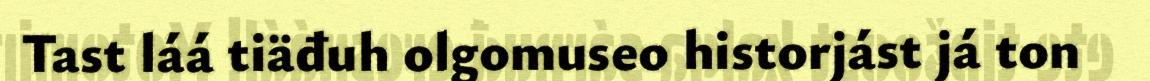
Tast láá tiäđuh olgomuseo historjást já ton